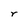
Character: r